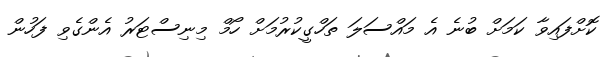
ކޮށްފައިވާ ކަމަށް ބުނެ އެ މައްސަލަ ތަހްގީކުރުމަށް ހޯމް މިނިސްޓަރު އެންގެވި ފަހުން